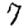
Digit: 7